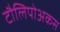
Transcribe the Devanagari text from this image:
टौलिपोअकस